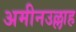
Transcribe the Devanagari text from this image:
अमीनउल्लाह